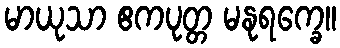
မာယုသာ ဧကပုတ္တ မနုရက္ခေ။